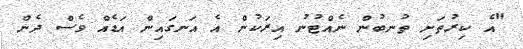
"އެ ކިރުތަށި ތުނބުން ނެއްޓުނު އިރަކުން އެ އަނގައިން އަޑެއް ވެސް ދެން